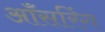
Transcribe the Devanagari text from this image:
ऑंसरिंग